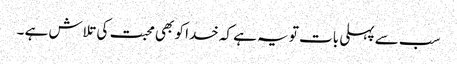
سب سے پہلی بات تو یہ ہے کہ خدا کو بھی محبت کی تلاش ہے ۔